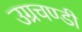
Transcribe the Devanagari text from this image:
उग्रचण्डी